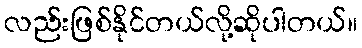
လည်းဖြစ်နိုင်တယ်လို့ဆိုပါတယ်။